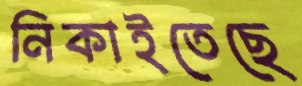
নিকাইতেছে